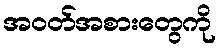
အဝတ်အစားတွေကို